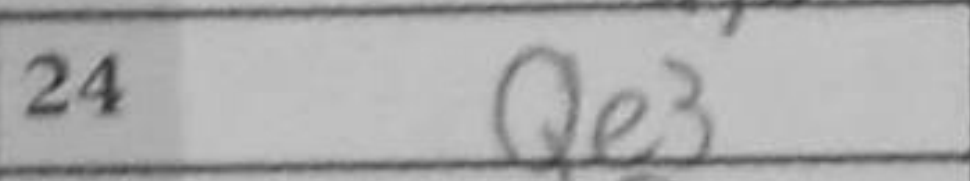
Transcription: Qe3